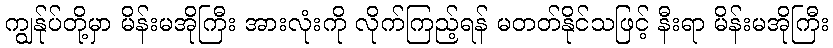
ကျွန်ုပ်တို့မှာ မိန်းမအိုကြီး အားလုံးကို လိုက်ကြည့်ရန် မတတ်နိုင်သဖြင့် နီးရာ မိန်းမအိုကြီး